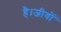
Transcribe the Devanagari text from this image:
है।जीवों